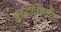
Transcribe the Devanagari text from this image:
बुद्धिविपर्यय